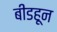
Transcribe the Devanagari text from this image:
बीडहून